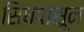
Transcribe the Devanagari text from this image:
सिंधपासून